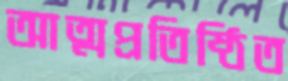
আত্মপ্রতিষ্ঠিত